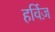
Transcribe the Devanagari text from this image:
हर्विज़